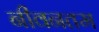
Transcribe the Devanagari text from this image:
नीवनतम